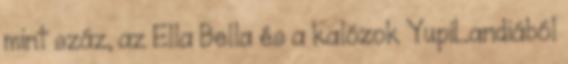
mint száz, az Ella Bella és a kalózok YupiLandiából